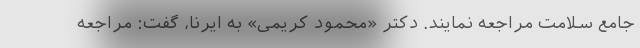
جامع سلامت مراجعه نمایند. دکتر «محمود کریمی» به ایرنا، گفت: مراجعه